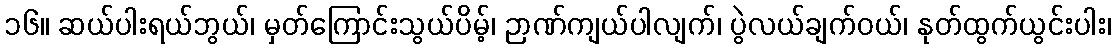
၁၆။ ဆယ်ပါးရယ်ဘွယ်၊ မှတ်ကြောင်းသွယ်ပိမ့်၊ ဉာဏ်ကျယ်ပါလျက်၊ ပွဲလယ်ချက်ဝယ်၊ နုတ်ထွက်ယွင်းပါး၊